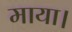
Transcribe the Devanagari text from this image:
माया।